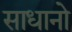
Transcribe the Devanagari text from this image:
साधानो